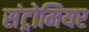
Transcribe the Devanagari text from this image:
संट्रोमियर